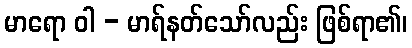
မာရော ဝါ - မာရ်နတ်သော်လည်း ဖြစ်ရာ၏၊